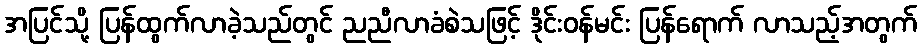
အပြင်သို့ ပြန်ထွက်လာခဲ့သည်တွင် ညညီလာခံစဲသဖြင့် ဒိုင်းဝန်မင်း ပြန်ရောက် လာသည့်အတွက်